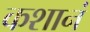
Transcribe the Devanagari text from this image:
कशानं